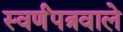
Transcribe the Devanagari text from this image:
स्वर्णंपत्रवाले